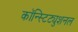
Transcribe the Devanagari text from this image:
कॉन्स्टिट्युशनल